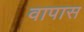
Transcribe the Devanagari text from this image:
वापास